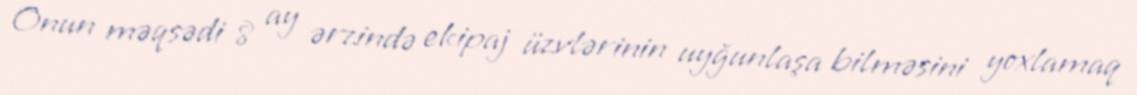
Onun məqsədi 8 ay ərzində ekipaj üzvlərinin uyğunlaşa bilməsini yoxlamaq